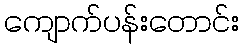
ကျောက်ပန်းတောင်း